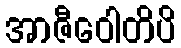
အာဇီဝေါတိပိ